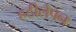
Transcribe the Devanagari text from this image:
हठीलेपन